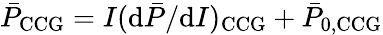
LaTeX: \bar{P}_{\mathrm{CCG}}=I(\mathrm{d}\bar{P}/\mathrm{d}I)_{\mathrm{CCG}}+\bar{P}_{\mathrm{0,CCG}}